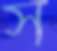
স